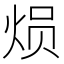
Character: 𤈶